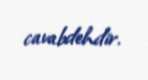
cavabdehdir.